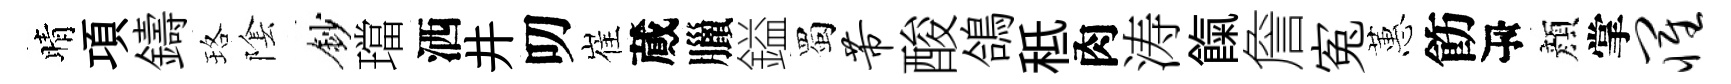
晴項鑄珞隂鈔璫洒井叨崔蕆臘鎰蜀芾酸鴿秪肉涛餼詹寃蕙飭瓴顔掌罹